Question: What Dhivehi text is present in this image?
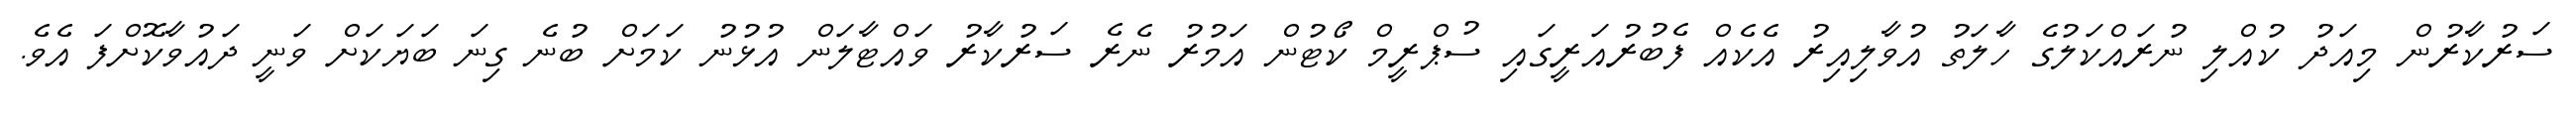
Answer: ސަރުކާރުން މިއަދު ކުއްލި ނުރައްކަލުގެ ހާލަތު އުވާލިއިރު އެކެއް ފެބުރުއަރީގައި ސުޕްރީމް ކޯޓުން އަމުރު ނެރެ ސަރުކާރު ވައްޓާލަން އުޅުނު ކަމަށް ބުނެ ގިނަ ބަޔަކަށް ވަނީ ދައުވާކޮށްފަ އެވެ.